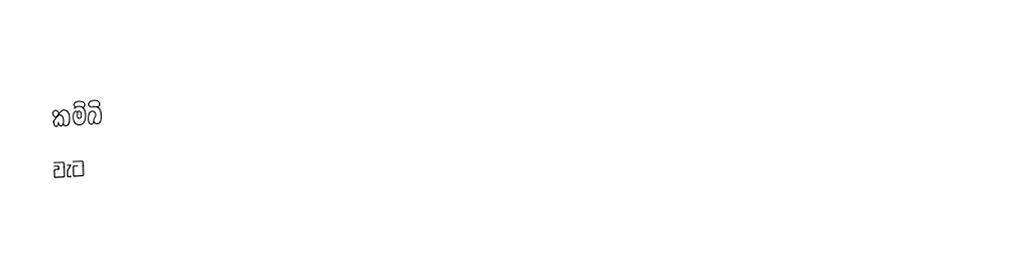
කම්බි
වැට